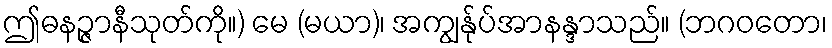
ဤဓနဉ္ဇာနီသုတ်ကို။) မေ (မယာ)၊ အကျွန်ုပ်အာနန္ဒာသည်။ (ဘဂဝတော၊